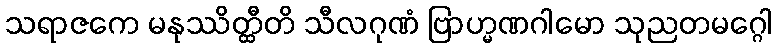
သရာဇကေ မနုဿိတ္ထီတိ သီလဂုဏံ ဗြာဟ္မဏဂါမော သုညတမဂ္ဂေါ